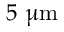
5 ~ { \upmu \mathrm { m } }